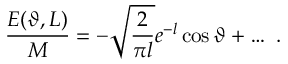
\frac { E ( \vartheta , L ) } { M } = - \sqrt { \frac { 2 } { \pi l } } e ^ { - l } \cos \vartheta + \ldots \, \, .